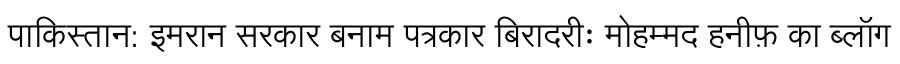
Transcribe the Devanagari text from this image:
पाकिस्तान: इमरान सरकार बनाम पत्रकार बिरादरीः मोहम्मद हनीफ़ का ब्लॉग